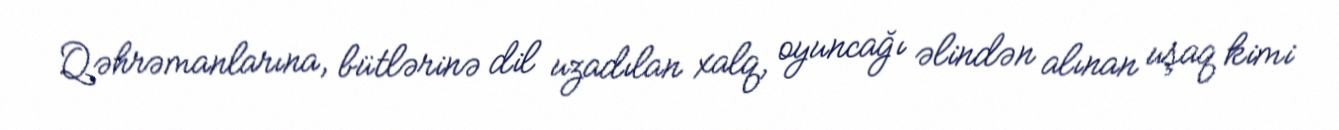
Qəhrəmanlarına, bütlərinə dil uzadılan xalq, oyuncağı əlindən alınan uşaq kimi